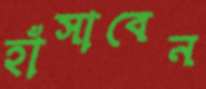
হাঁসাবেন